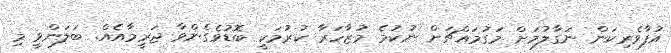
އުފާވެރިކަން ނަގާލުމަށް މަގުމައްޗަށް ނުކުމެ މުޒާހަރާ ކުރުމަކީ ބޮޑުވެގެންވާ ޖަރީމާއެއް. ބަލަންވީ މި